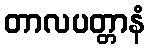
တာလပတ္တာနံ